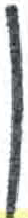
אות: ן